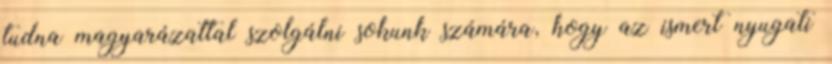
tudna magyarázattal szolgálni sokunk számára, hogy az ismert nyugati